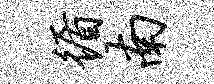
循南